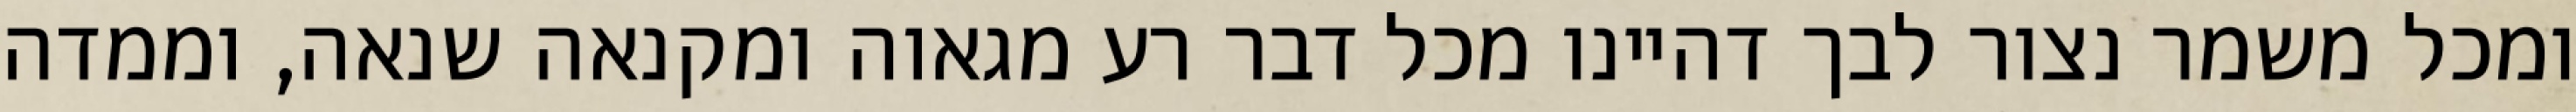
ומכל משמר נצור לבך דהיינו מכל דבר רע מגאוה ומקנאה שנאה, וממדה